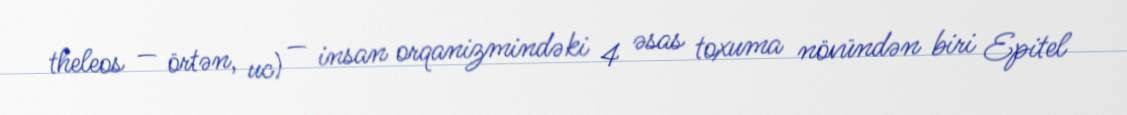
theleos — örtən, uc) — insan orqanizmindəki 4 əsas toxuma növündən biri Epitel